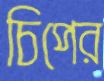
চিপের